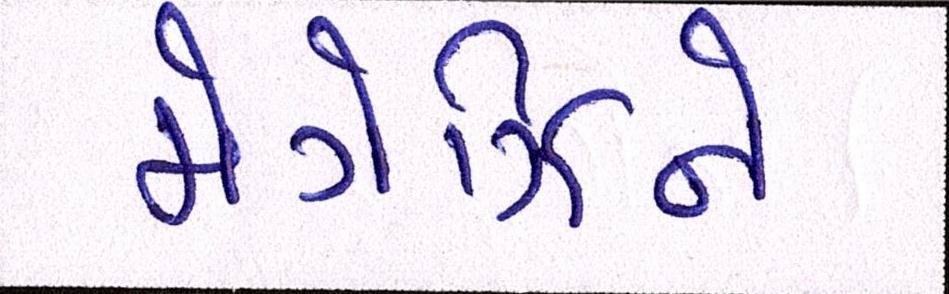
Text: મેગેઝિને